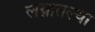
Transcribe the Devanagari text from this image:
लग्नातल्या